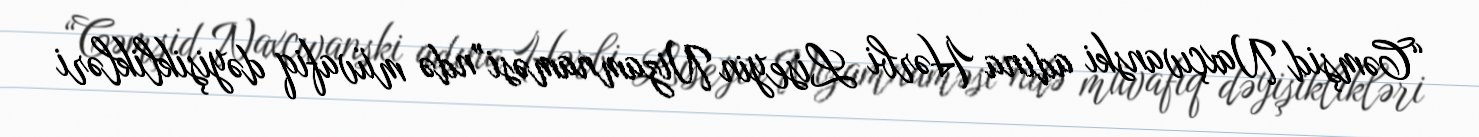
“Cəmşid Naxçıvanski adına Hərbi Liseyin Nizamnaməsi”ndə müvafiq dəyişiklikləri